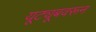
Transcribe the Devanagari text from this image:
यूट्यूबवरून